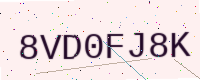
Text: 8VD0FJ8K